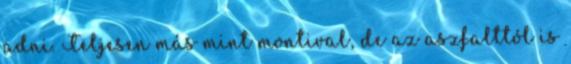
adni. Teljesen más mint montival, de az aszfalttól is